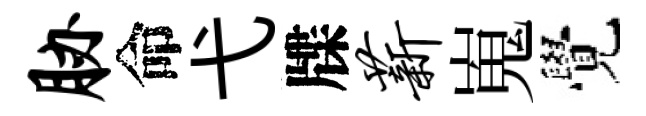
胁命弋牒薪嵬覺